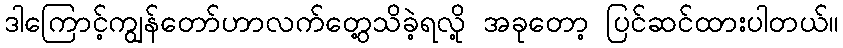
ဒါကြောင့်ကျွန်တော်ဟာလက်တွေ့သိခဲ့ရလို့ အခုတော့ ပြင်ဆင်ထားပါတယ်။